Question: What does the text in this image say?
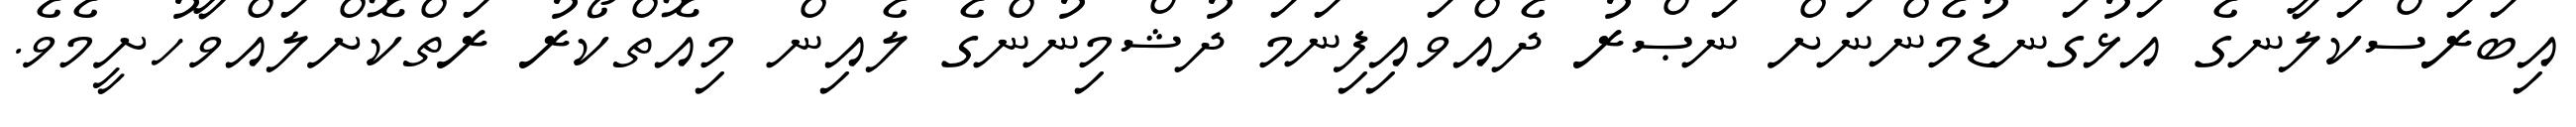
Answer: އިބަރަސްކަލާނގެ އަޅުގަނޑުމެންނަށް ނަޞްރު ދެއްވައިފިނަމަ ދުޝްމިނުންގެ ލެއިން މިއޮތްކޯރު ރަތްކޮށްލައްވާހުށީމެވެ.